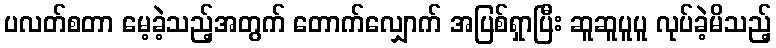
ပလတ်စတာ မေ့ခဲ့သည့်အတွက် တောက်လျှောက် အပြစ်ရှာပြီး ဆူဆူပူပူ လုပ်ခဲ့မိသည့်